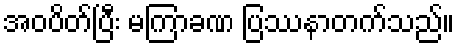
အဝပိတ်ပြီး မကြာခဏ ပြဿနာတက်သည်။